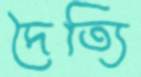
দৈত্যি